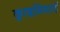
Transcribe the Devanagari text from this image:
क़्राइमियाई